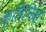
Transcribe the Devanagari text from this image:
क्लिनिक़